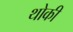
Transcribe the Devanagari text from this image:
थोकी